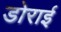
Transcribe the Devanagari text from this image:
डोराई